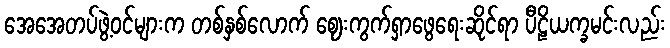
အေအေတပ်ဖွဲ့ဝင်များက တစ်နှစ်လောက် ဈေးကွက်ရှာဖွေရေးဆိုင်ရာ ပီဠိယက္ခမင်းလည်း